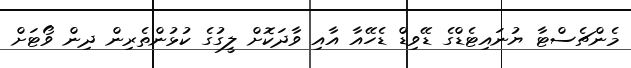
މެންޗެސްޓާ ޔުނައިޓެޑްގެ ޑޭވިޑް ޑެހޭއާ އާއި ވާދަކޮށް ލީގުގެ ކުޅުންތެރިން ދިން ވޯޓަށް